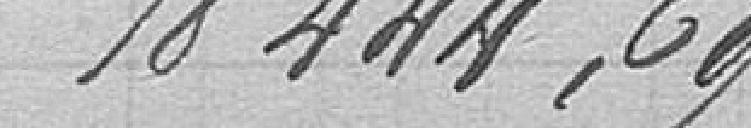
18444,69